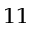
_ { 1 1 }